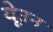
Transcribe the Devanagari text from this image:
येउून